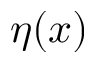
\eta ( x )